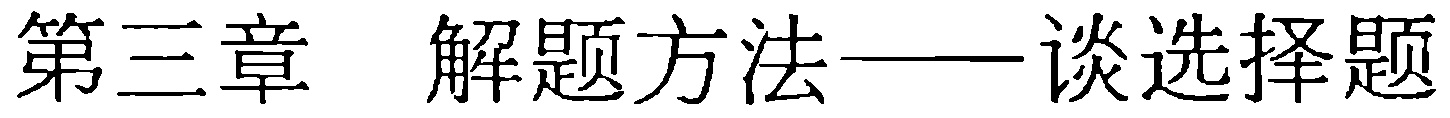
第三章  解题方法——谈选择题